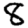
Digit: 8